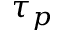
\tau _ { p }